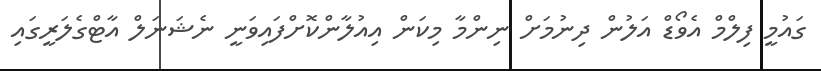
ގައުމީ ފިލްމް އެވޯޑް އަލުން ދިނުމަށް ނިންމާ މިކަން އިއުލާންކޮށްފައިވަނީ ނެޝަނަލް އާޓްގެލަރީގައި